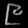
Digit: ၉